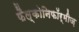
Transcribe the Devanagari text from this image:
फैल्कोनिफॉर्मीज़